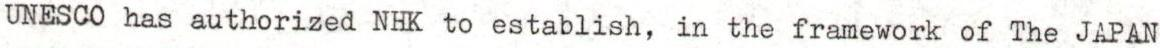
UNESCO has authorized NHK to establish, in the framework of The JAPAN